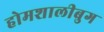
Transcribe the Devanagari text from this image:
होमशालीबुग